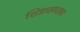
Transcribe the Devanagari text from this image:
शिडासारखा